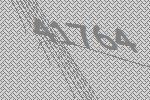
41764